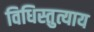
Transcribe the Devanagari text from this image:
विधिस्तुत्याय